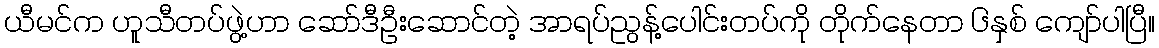
ယီမင်က ဟူသီတပ်ဖွဲ့ဟာ ဆော်ဒီဦးဆောင်တဲ့ အာရပ်ညွန့်ပေါင်းတပ်ကို တိုက်နေတာ ၆နှစ် ကျော်ပါပြီ။